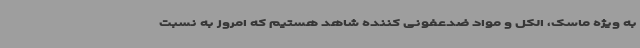
به ویژه ماسک، الکل و مواد ضدعفونی کننده شاهد هستیم که امروز به نسبت